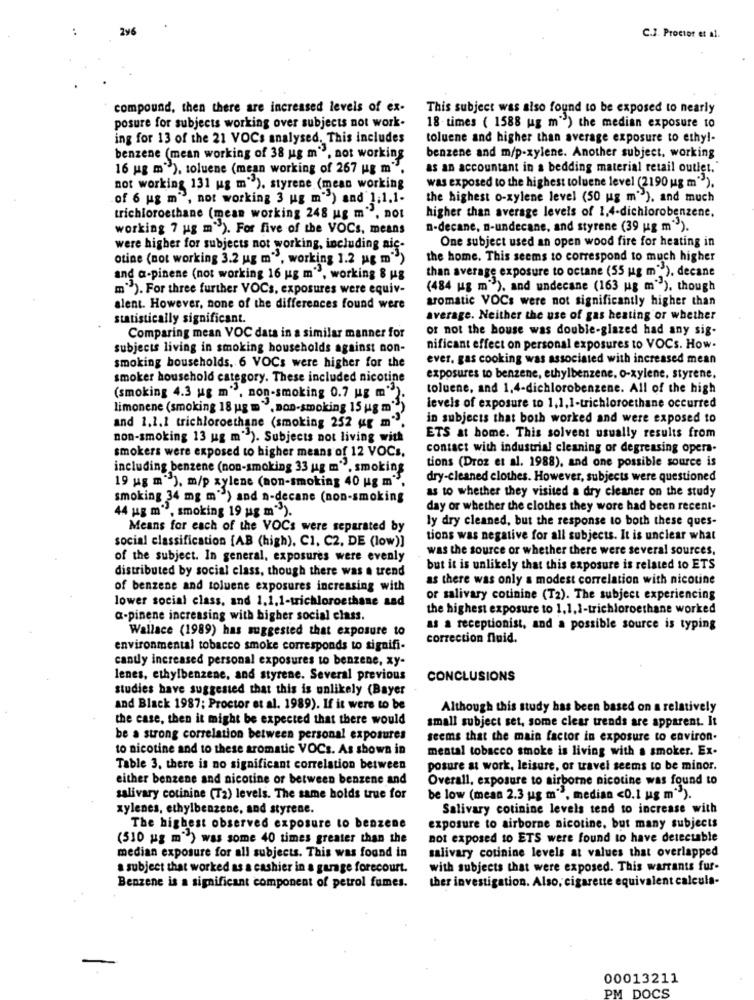
296
C.J. Proctor et al.
compound, then there are increased levels of ex-
This subject was also found to be exposed to nearly
posure for subjects working over subjects not work.
18 times ( 1588 ug m") the median exposure to
ing for 13 of the 21 VOCs analysed. This includes
toluene and higher than average exposure to ethy !-
benzene (mean working of 38 ug m", not working
benzene and m/p-xylene. Another subject. working
16 ug m"), toluene (mean working of 267 ug m".
as an accountant in a bedding material retail outlet.
not working 131 ug m"), styrene (mean working
was exposed to the highest toluene level (2190 ug m"").
of 6 ug m", not working 3 ug m") and 1;1.1-
the highest o-xylene level (50 ug m"), and much
trichloroethane (mean working 248 ug m", not
higher than average levels of 1,4-dichlorobenzene.
working 7 ug m"). For five of the VOCs, means
n-decane, n-undecane, and styrene (39 ug m").
were higher for subjects not working, including nic-
One subject used an open wood fire for heating in
otine (not working 3.2 ug m", working 1.2 ug m")
the home. This seems to correspond to much higher
than average exposure to octane (55 ug m%), decane
and a-pinene (not working 16 ug m", working 8 Hg
m"). For three further VOCs, exposures were equiv-
(484 ug m"), and undecane (163 ug m"), though
aromatic VOCs were not significantly higher than
alent. However, none of the differences found were
statistically significant.
average. Neither the use of gas heating or whether
or not the house was double-glazed had any sig-
Comparing mean VOC data in a similar manner for
subjects living in smoking households against non-
nificant effect on personal exposures to VOCs. How.
ever, gas cooking was associated with increased mean
smoking households. 6 VOCs were higher for the
smoker household category. These included nicotine
exposures to benzene, ethylbenzene. o-xylene, styrene.
toluene, and 1,4-dichlorobenzene. All of the high
(smoking 4.3 ug m", non-smoking 0.7 ug m")
limonene (smoking 18 ug = ", non-smoking 15 ug m"
levels of exposure to 1,1,1-trichloroethane occurred
and 1.1.1 trichloroethane (smoking 252 ug m".
in subjects that both worked and were exposed to
non-smoking 13 ug m" ). Subjects not living with
ETS at home. This solvent usually results from
contact with industrial cleaning or degreasing opera-
smokers were exposed to higher means of 12 VOCs.
tions (Droz et al. 1988), and one possible source is
including benzene (non-smoking 33 ug m", smoking
dry-cleaned clothes. However, subjects were questioned
19 ug m"). m/p xylene (non-smoking 40 ug m",
as to whether they visited a dry cleaner on the study
smoking 34 mg m") and n-decane (non-smoking
mº3, smoking 19 ug m"").
day or whether the clothes they wore had been recent-
44 ug m',
ly dry cleaned, but the response to both these ques-
Means for each of the VOCs were separated by
social classification [AB (high), C1, C2. DE (low)]
tions was negative for all subjects. It is unclear what
was the source or whether there were several sources,
of the subject. In general, exposures were evenly
distributed by social class, though there was a trend
but it is unlikely that this exposure is related to ETS
as there was only a modest correlation with nicotine
of benzene and toluene exposures increasing with
lower social class, and 1.1.1-trichloroethane and
or salivary cotinine (T2). The subject experiencing
the highest exposure to 1,1,1-trichloroethane worked
a-pinene increasing with higher social class.
Wallace (1989) has suggested that exposure to
as a receptionist, and a possible source is typing
correction fluid.
environmental tobacco smoke corresponds to signifi-
cantly increased personal exposures to benzene, xy-
lenes, ethylbenzene, and styrene. Several previous
CONCLUSIONS
studies have suggested that this is unlikely (Bayer
and Black 1987; Proctor et al. 1989). If it were to be
Although this study has been based on a relatively
the case, then it might be expected that there would
small subject set, some clear trends are apparent. It
be a strong correlation between personal exposures
seems that the main factor in exposure to environ.
to nicotine and to these aromatic VOCs. As shown in
mental tobacco smoke is living with a smoker. Ex-
Table 3. there is no significant correlation between
posure at work, leisure, or travel seems to be minor.
either benzene and nicotine or between benzene and
Overall, exposure to airborne nicotine was found to
salivary cotinine (72) levels. The same holds true for
be low (mean 2.3 ug m", median <0.1 ug m"").
xylenes, ethylbenzene, and styrene.
Salivary cotinine levels tend to increase with
The highest observed exposure to benzen
exposure to airborne nicotine, but many subjects
(510 ug m") was some 40 times greater than the
not exposed to ETS were found to have detectable
median exposure for all subjects. This was found in
salivary cotinine levels at values that overlapped
a subject that worked as a cashier in a garage forecourt.
with subjects that were exposed. This warrants fur-
ther investigation. Also, cigarette equivalent calcula-
Benzene is a significant component of petrol fumes.
-
00013211
PM DOCS